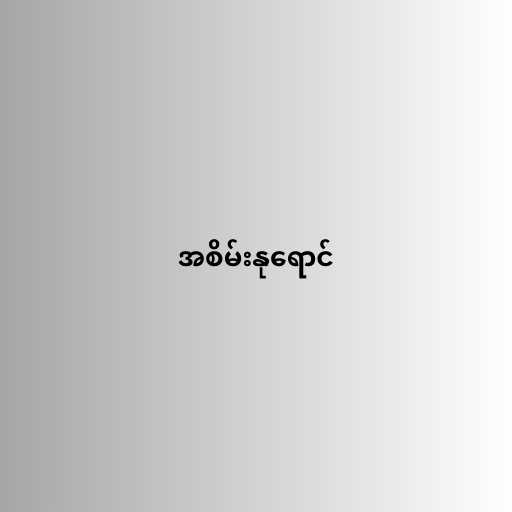
အစိမ်းနုရောင်